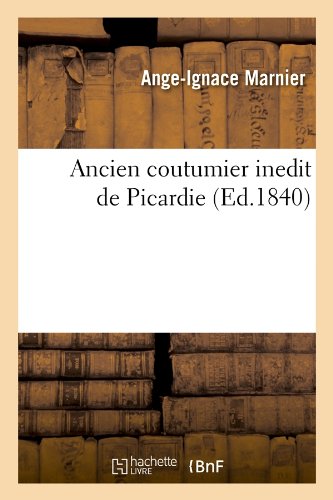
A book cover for Ancien Coutumier Inedit de Picardie (Sciences Sociales) (French Edition); Ange-Ignace Marnier; Law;